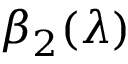
\beta _ { 2 } ( \lambda )